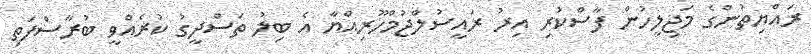
ރައްޔިތުންގެ މަޖިލީހުން ފާސްކުރި އިރު ރައީސުލްޖުމްހޫރިއްޔާ އެ ބިލު ތަސްދީގު ކުރެއްވީ ބުރާސްފަތި